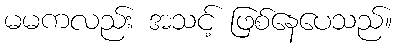
မမကလည်း အသင့် ဖြစ်နေပေသည်။